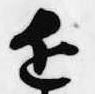
近